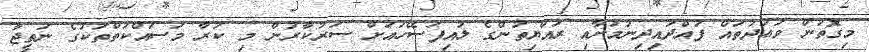
މިގޮތުން ވަޢުދުތައް ފުއްދައިދިނުމަށާއި ރައްޔިތުންގެ ލުއިފަސޭހައަށް ސަރުކާރުން މި ކުރާ މަސައްކަތްތަކުގެ ނަތީޖާ